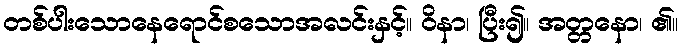
တစ်ပါးသောနေရောင်စသောအလင်းနှင့်။ ဝိနာ၊ ပြီး၍။ အတ္တနော၊ ၏။